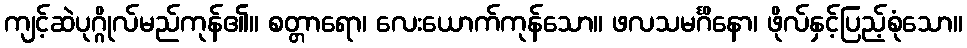
ကျင့်ဆဲပုဂ္ဂိုလ်မည်ကုန်၏။ စတ္တာရော၊ လေးယောက်ကုန်သော။ ဖလသမင်္ဂိနော၊ ဖိုလ်နှင့်ပြည့်စုံသော။